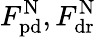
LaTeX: F_{\mathrm{pd}}^{\mathrm{N}},F_{\mathrm{dr}}^{\mathrm{N}}